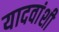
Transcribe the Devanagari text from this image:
यादवांशी